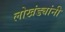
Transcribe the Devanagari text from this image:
लोखंड्यांनी